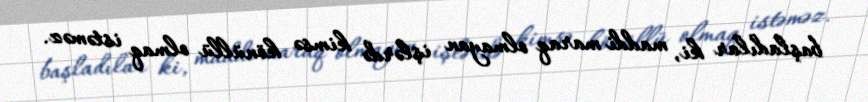
başladılar ki, maddi maraq olmayan işlərdə kimsə könüllü olmaq istəməz.